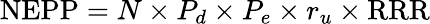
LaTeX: {\mathrm{NEPP}}=N\times P_{d}\times P_{e}\times r_{u}\times{\mathrm{RRR}}